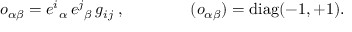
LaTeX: o _ { \alpha \beta } = e ^ { i } { } _ { \alpha } \, e ^ { j } { } _ { \beta } \, g _ { i j } \; , \qquad \qquad ( o _ { \alpha \beta } ) = \mathrm { d i a g } ( - 1 , + 1 ) .